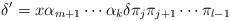
LaTeX: \begin{align*}\delta^{\prime}=x\alpha_{m+1}\cdots\alpha_k\delta\pi_j\pi_{j+1}\cdots\pi_{l-1}\end{align*}